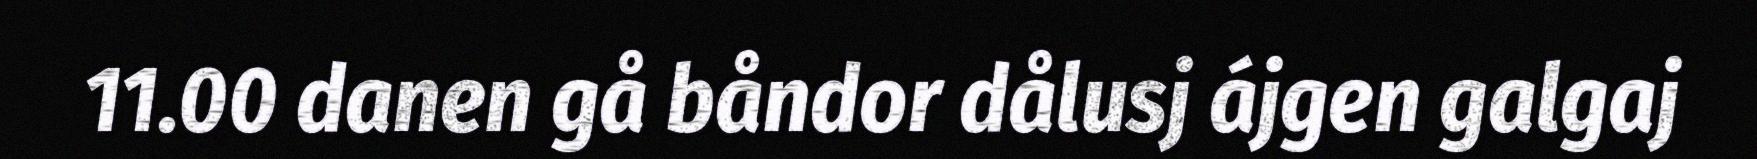
11.00 danen gå båndor dålusj ájgen galgaj